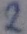
Text: 2